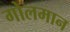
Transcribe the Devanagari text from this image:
गोलमान